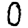
Digit: 0